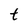
Character: t